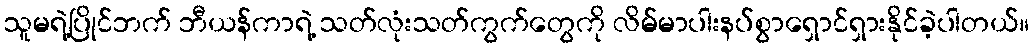
သူမရဲ့ပြိုင်ဘက် ဘီယန်ကာရဲ့ သတ်လုံးသတ်ကွက်တွေကို လိမ်မာပါးနပ်စွာရှောင်ရှားနိုင်ခဲ့ပါတယ်။